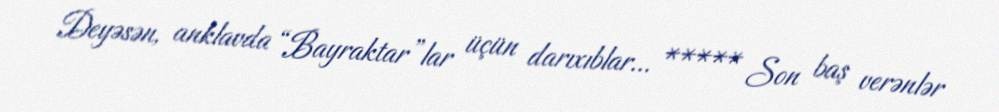
Deyəsən, anklavda “Bayraktar”lar üçün darıxıblar... ***** Son baş verənlər